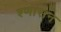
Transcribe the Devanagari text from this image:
श्णासन